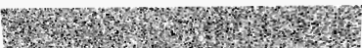
មានតម្លៃជិត១០ពាន់លានដុល្លារ